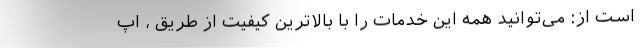
است از: می‌توانید همه این خدمات را با بالاترین کیفیت از طریق ، اپ